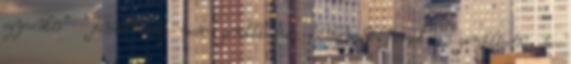
egyesülés" "Tanulni és nem gondolkodni: hiábavaló fáradtság, gondolkodni és